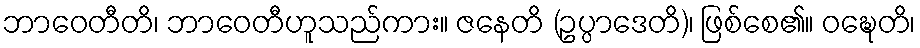
ဘာဝေတီတိ၊ ဘာဝေတီဟူသည်ကား။ ဇနေတိ (ဥပ္ပာဒေတိ)၊ ဖြစ်စေ၏။ ဝဍ္ဎေတိ၊